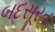
બદસૂરત